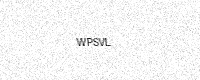
Text: WPSVL